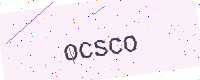
Text: OCSCO